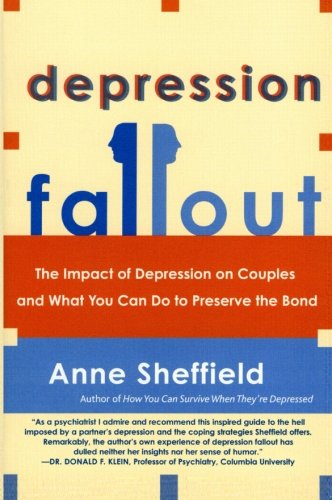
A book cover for Depression Fallout: The Impact of Depression on Couples and What You Can Do to Preserve the Bond; Anne Sheffield; Health, Fitness & Dieting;